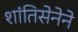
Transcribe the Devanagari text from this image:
शांतिसेनेने